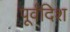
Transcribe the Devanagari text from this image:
पूर्वदिश